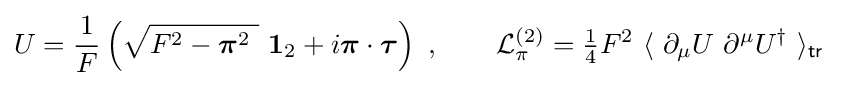
U={\frac {1}{F}}\left({\sqrt {F^{2}-{\boldsymbol {\pi }}^{2}\ }}\ \mathbf {1} _{2}+i{\boldsymbol {\pi }}\cdot {\boldsymbol {\tau }}\right)\ ,\qquad {\mathcal {L}}_{\pi }^{(2)}={\tfrac {1}{4}}F^{2}\ \langle \ \partial _{\mu }U\ \partial ^{\mu }U^{\dagger }\ \rangle _{\mathsf {tr}}\